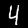
Label: 4